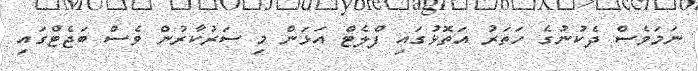
ނަމަވެސް ދެކުނުގެ ހަތަރު އަތޮޅުގައި ފްލެޓް އަޅަން މި ސަރުކާރުން ވެސް ބަޖެޓްގައި